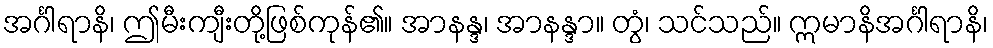
အင်္ဂါရာနိ၊ ဤမီးကျီးတို့ဖြစ်ကုန်၏။ အာနန္ဒ၊ အာနန္ဒာ။ တွံ၊ သင်သည်။ ဣမာနိအင်္ဂါရာနိ၊